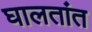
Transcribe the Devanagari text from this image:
घालतांत